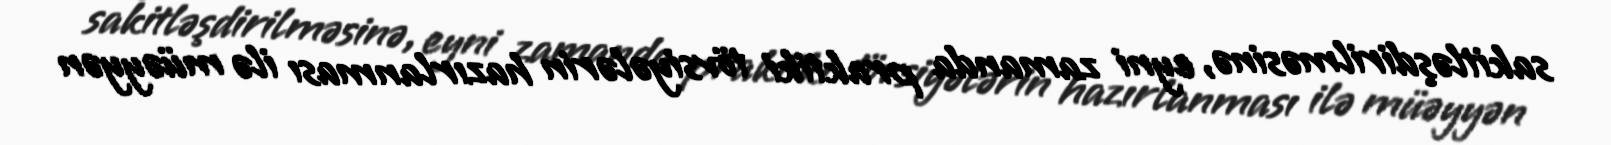
sakitləşdirilməsinə, eyni zamanda praktiki tövsiyələrin hazırlanması ilə müəyyən